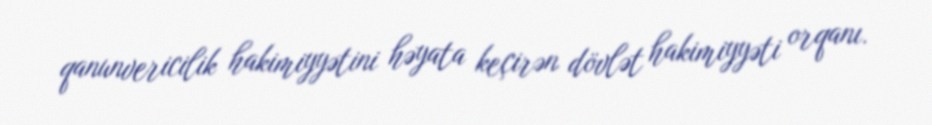
qanunvericilik hakimiyyətini həyata keçirən dövlət hakimiyyəti orqanı.